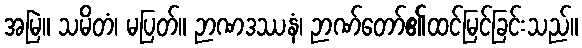
အမြဲ။ သမိတံ၊ မပြတ်။ ဉာဏဒဿနံ၊ ဉာဏ်တော်၏ထင်မြင်ခြင်းသည်။